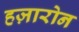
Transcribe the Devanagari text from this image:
हज़ारोन